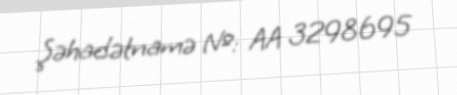
Şəhadətnamə №: AA 3298695